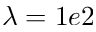
\lambda = 1 e 2